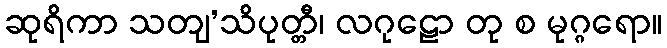
ဆုရိကာ သတျ’သိပုတ္တီ၊ လဂုဠော တု စ မုဂ္ဂရော။